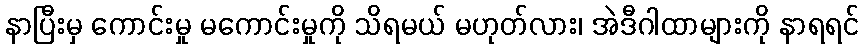
နာပြီးမှ ကောင်းမှု မကောင်းမှုကို သိရမယ် မဟုတ်လား၊ အဲဒီဂါထာများကို နာရရင်